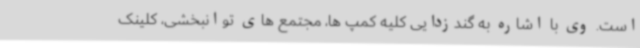
است. وی با اشاره به گندزدایی کلیه کمپ ها، مجتمع های توانبخشی، کلینک